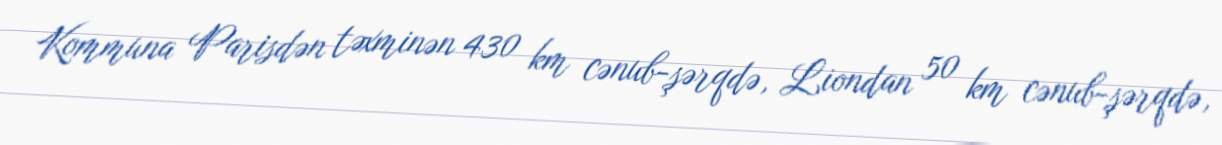
Kommuna Parisdən təxminən 430 km cənub-şərqdə, Liondan 50 km cənub-şərqdə,